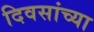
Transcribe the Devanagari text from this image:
दिवसांच्‍या